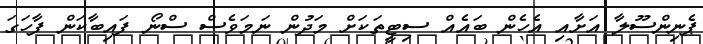
ޕެނިންސޫލާ އަށާއި އެހެން ބައެއް ސިޓީތަކަށް މަދުން ނަމަވެސް ސްނޯ ފައިބާކަން ފާހަގަ